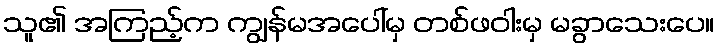
သူ၏ အကြည့်က ကျွန်မအပေါ်မှ တစ်ဖဝါးမှ မခွာသေးပေ။